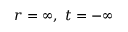
r = \infty , \ t = - \infty